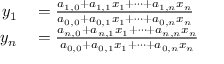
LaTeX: \begin{array} { r l } { y _ { 1 } } & { { } = { \frac { a _ { 1 , 0 } + a _ { 1 , 1 } x _ { 1 } + \dots + a _ { 1 , n } x _ { n } } { a _ { 0 , 0 } + a _ { 0 , 1 } x _ { 1 } + \dots + a _ { 0 , n } x _ { n } } } } \\ { y _ { n } } & { { } = { \frac { a _ { n , 0 } + a _ { n , 1 } x _ { 1 } + \dots + a _ { n , n } x _ { n } } { a _ { 0 , 0 } + a _ { 0 , 1 } x _ { 1 } + \dots + a _ { 0 , n } x _ { n } } } } \end{array}